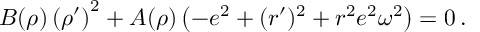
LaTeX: B ( \rho ) \left( \rho ^ { \prime } \right) ^ { 2 } + A ( \rho ) \left( - e ^ { 2 } + ( r ^ { \prime } ) ^ { 2 } + r ^ { 2 } e ^ { 2 } \omega ^ { 2 } \right) = 0 \, .